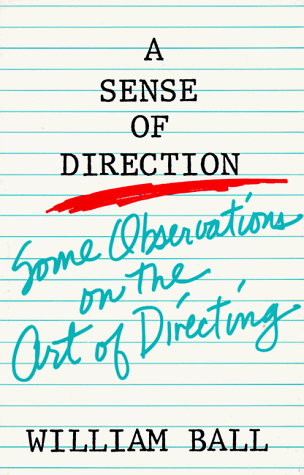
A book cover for Sense of Direction: Some Observations on the Art of Directing; William Ball; Humor & Entertainment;